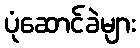
ပုံဆောင်ခဲများ